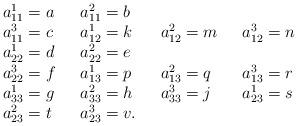
LaTeX: \begin{align*}\begin{array}{llllll}a_{11}^{1}=a&\ \ a_{11}^{2}=b&\\ a_{11}^{3}=c&\ \ a_{12}^{1}=k&\ \ a_{12}^{2}=m&\ \ a_{12}^{3}=n\\a_{22}^{1}=d&\ \ a_{22}^{2}=e&\\ a_{22}^{3}=f&\ \ a_{13}^{1}=p&\ \ a_{13}^{2}=q&\ \ a_{13}^{3}=r\\a_{33}^{1}=g&\ \ a_{33}^{2}=h&\ \ a_{33}^{3}=j&\ \ a_{23}^{1}=s&\\ a_{23}^{2}=t&\ \ a_{23}^{3}=v.\end{array}\end{align*}